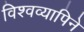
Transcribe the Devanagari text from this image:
विश्वव्यापिने